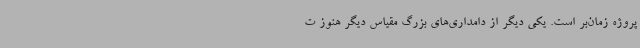
پروژه زمان‌بر است. یکی دیگر از دامداری‌های بزرگ مقیاس دیگر هنوز ت